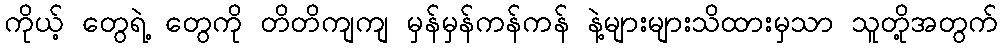
ကိုယ့် တွေရဲ့ တွေကို တိတိကျကျ မှန်မှန်ကန်ကန် နဲ့များများသိထားမှသာ သူတို့အတွက်